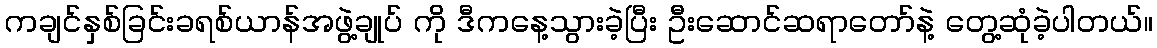
ကချင်နှစ်ခြင်းခရစ်ယာန်အဖွဲ့ချုပ် ကို ဒီကနေ့သွားခဲ့ပြီး ဦးဆောင်ဆရာတော်နဲ့ တွေ့ဆုံခဲ့ပါတယ်။